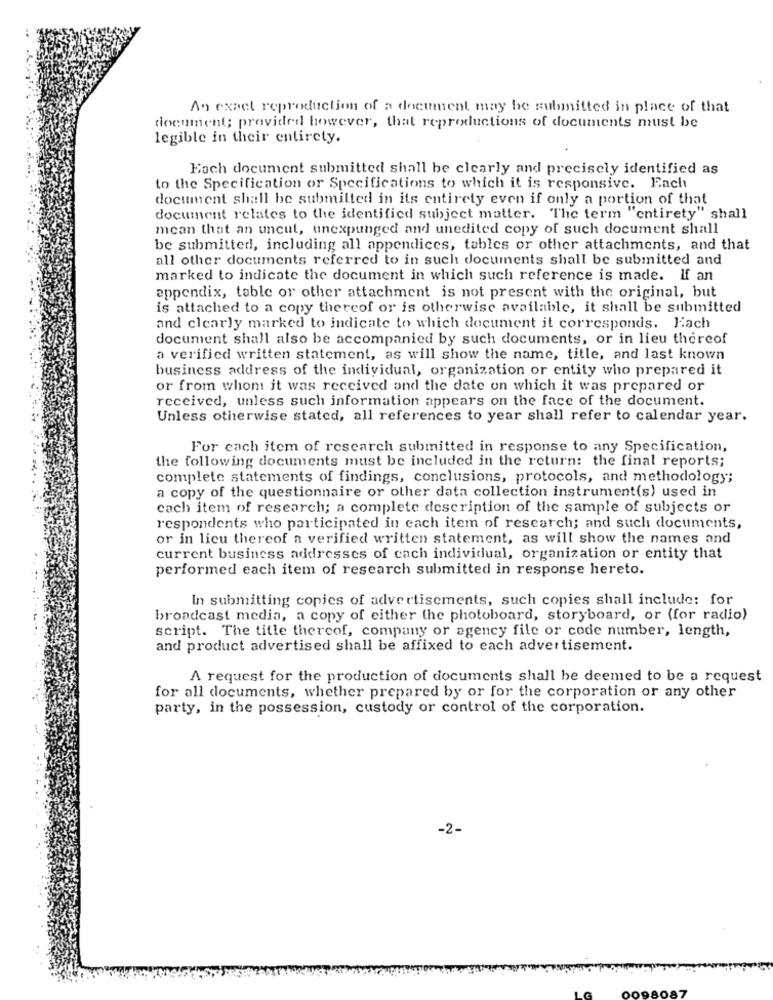
An exact reproduction of a document may be submitted in place of that
document; provided however, that reproductions of documents must be
legible in their entirety.
Eoch document submitted shall be clearly and precisely identified as
to the Specification or Specifications to which it is responsive. Each
document shall be submitted in its entirety even if only a portion of that
document relates to the identified subject matter. The term "entirety" shall
mean that an uncut, unexpunged and unedited copy of such document shall
be submitted, including all appendices, tables or other attachments, and that
all other documents referred to in such documents shall be submitted and
marked to indicate the document in which such reference is made. If an
appendix, table or other attachment is not present with the original, but
is attached to a copy thereof or is otherwise available, it shall be submitted
and clearly marked to indicate to which document it corresponds. Each
document shall also be accompanied by such documents, or in lieu thereof
a verified written statement, as will show the name, title, and last known
business address of the individual, organization or entity who prepared it
or from whom it was received and the date on which it was prepared or
received, unless such information appears on the face of the document.
Unless otherwise stated, all references to year shall refer to calendar year.
For each item of research submitted in response to any Specification,
the following documents must be included in the return: the final reports;
complete statements of findings, conclusions, protocols, and methodology;
a copy of the questionnaire or other data collection instrument(s) used in
cach item of research; a complete description of the sample of subjects or
respondents who participated in each item of research; and such documents,
or in lieu thereof a verified written statement, as will show the names and
current business addresses of each individual, organization or entity that
performed each item of research submitted in response hereto.
In submitting copies of advertisements, such copies shall include: for
broadcast media, a copy of either the photoboard, storyboard, or (for radio)
script. The title thereof, company or agency file or code number, length,
and product advertised shall be affixed to each advertisement.
A request for the production of documents shall be deemed to be a request
for all documents, whether prepared by or for the corporation or any other
party, in the possession, custody or control of the corporation.
-2_